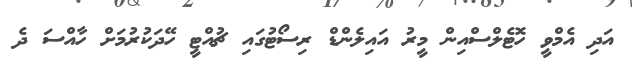
އަދި އެމްވީ ހޮޓެލްސްއިން މީރު އައިލެންޑް ރިސޯޓުގައި ޗުއްޓީ ހޭދަކުރުމަށް ހާއްސަ ދެ